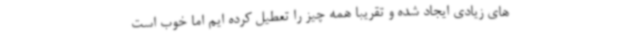
های زیادی ایجاد شده و تقریبا همه چیز را تعطیل کرده ایم اما خوب است